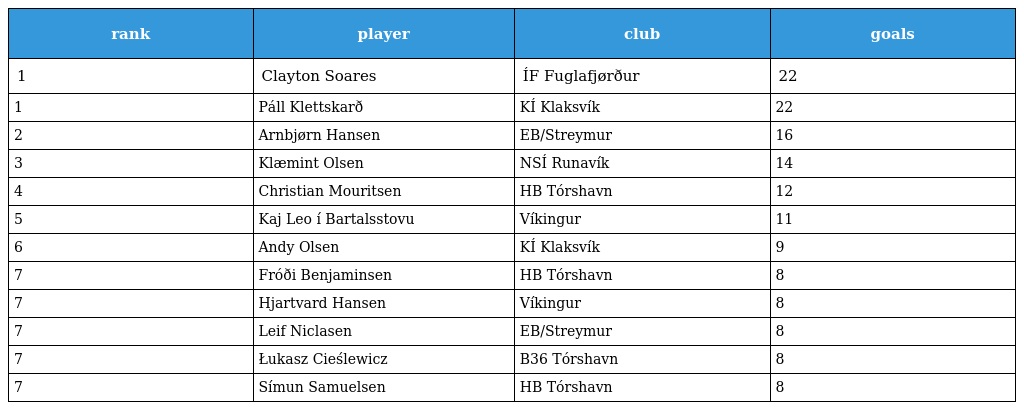
| rank | player | club | goals |
 | --- | --- | --- | --- |
 | 1 | Clayton Soares | ÍF Fuglafjørður | 22 |
 | 1 | Páll Klettskarð | KÍ Klaksvík | 22 |
 | 2 | Arnbjørn Hansen | EB/Streymur | 16 |
 | 3 | Klæmint Olsen | NSÍ Runavík | 14 |
 | 4 | Christian Mouritsen | HB Tórshavn | 12 |
 | 5 | Kaj Leo í Bartalsstovu | Víkingur | 11 |
 | 6 | Andy Olsen | KÍ Klaksvík | 9 |
 | 7 | Fróði Benjaminsen | HB Tórshavn | 8 |
 | 7 | Hjartvard Hansen | Víkingur | 8 |
 | 7 | Leif Niclasen | EB/Streymur | 8 |
 | 7 | Łukasz Cieślewicz | B36 Tórshavn | 8 |
 | 7 | Símun Samuelsen | HB Tórshavn | 8 |